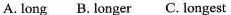
A. long B. Longer C. Longest